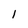
Character: 1